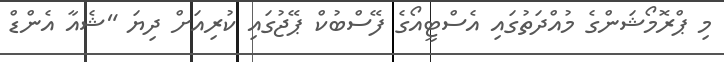
މި ޕްރޮމޯޝަންގެ މުއްދަތުގައި އެސްޓީއޯގެ ފޭސްބުކް ޕޭޖުގައި ކުރިއަށް ދިޔަ "ޝެއާ އެންޑް